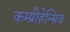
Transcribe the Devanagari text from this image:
कम्प्रीहेन्सिव